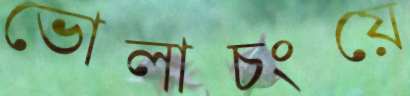
ভোলাচংয়ে